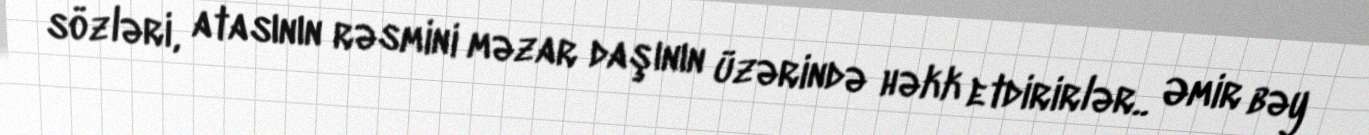
sözləri, atasının rəsmini məzar daşının üzərində həkk etdirirlər.. Əmir bəy